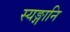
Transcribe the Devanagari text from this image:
स्यङ्गानि